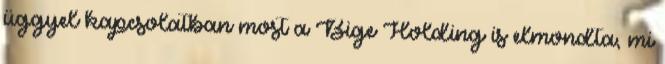
üggyel kapcsolatban most a Bige Holding is elmondta, mi